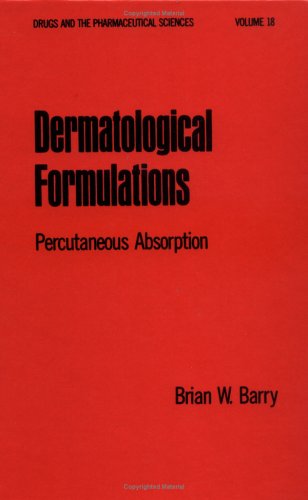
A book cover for Dermatological Formulations: Percutaneous Absorption (Drugs and the Pharmaceutical Sciences); Brian W. Barry; Medical Books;